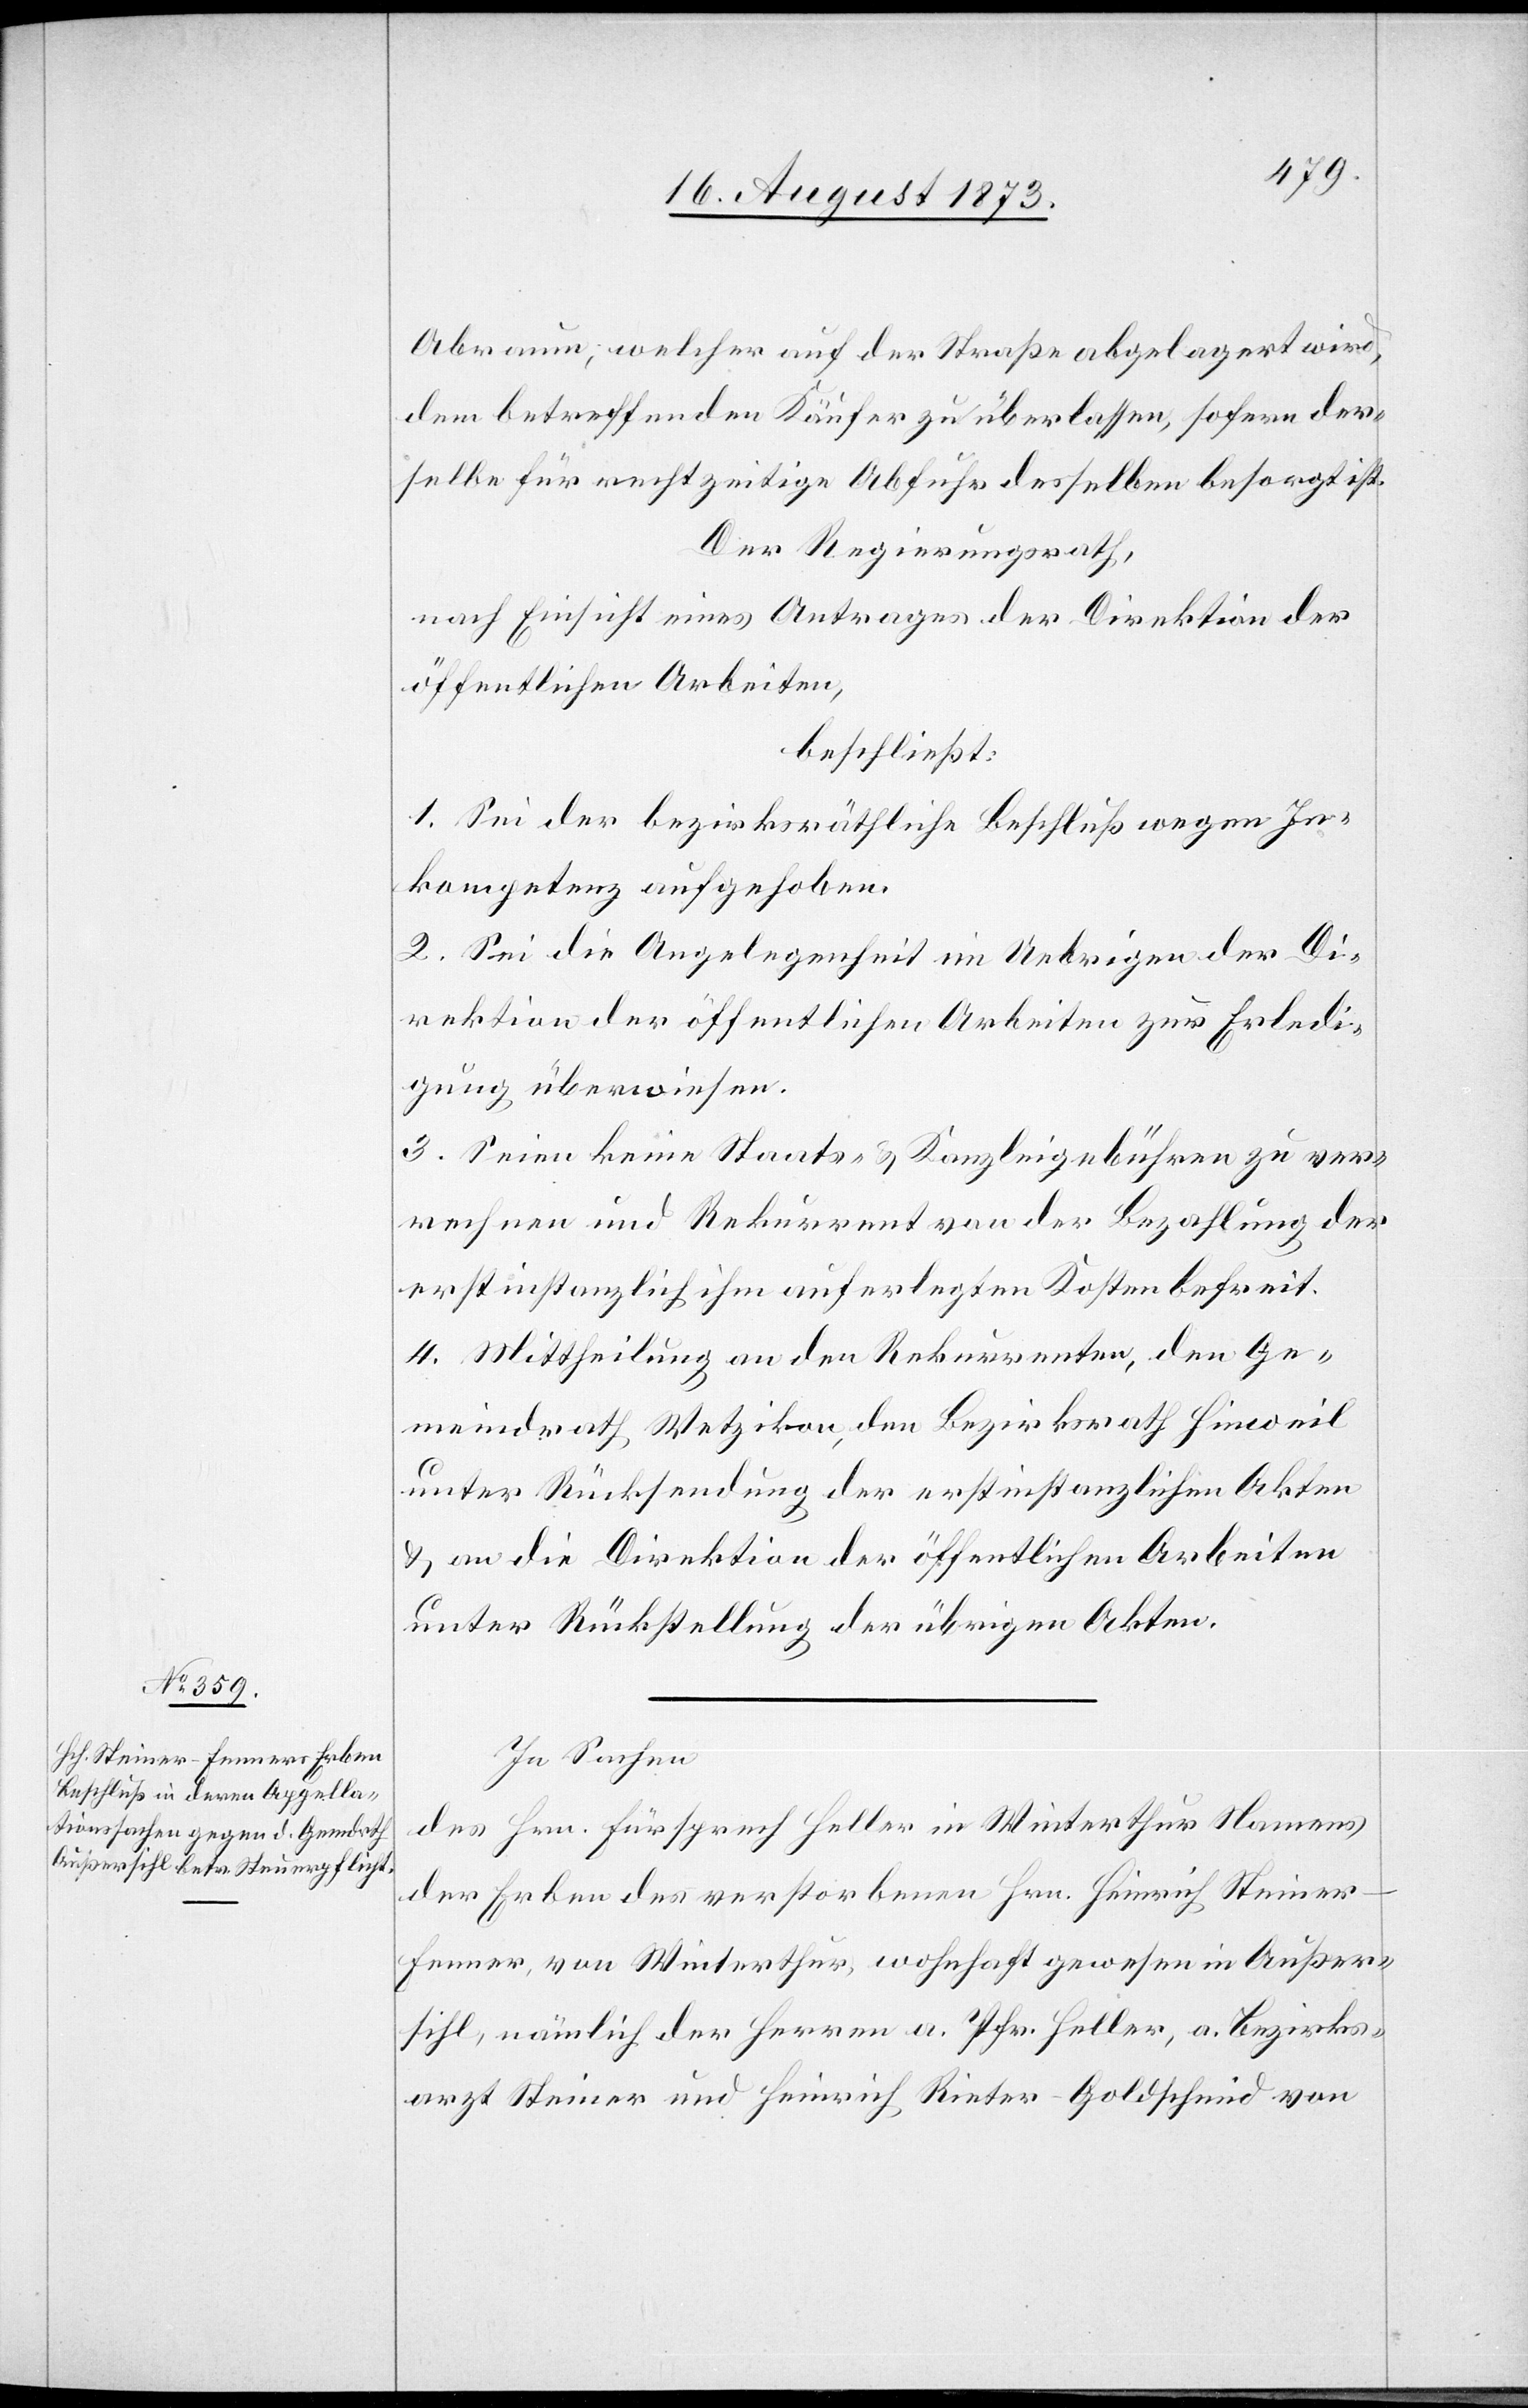
Abraum, welcher auf der Straße abgelagert wird,
dem betreffenden Käufer zu überlassen, sofern der¬
selbe für rechtzeitige Abfuhr desselben besorgt ist.
Der Regierungsrath,
nach Einsicht eines Antrages der Direktion der
öffentlichen Arbeiten,
beschließt:
1. Sei der bezirksräthliche Beschluß wegen In¬
kompetenz aufgehoben.
2. Sei die Angelegenheit im Uebrigen der Di¬
rektion der öffentlichen Arbeiten zur Erledi¬
gung überwiesen.
3. Seien keine Staats- & Kanzleigebühren zu ver¬
rechnen und Rekurrent von der Bezahlung der
erstinstanzlich ihm auferlegten Kosten befreit.
4. Mittheilung an den Rekurrenten, den Ge¬
meindrath Wetzikon, den Bezirksrath Hinweil
unter Rücksendung der erstinstanzlichen Akten
& an die Direktion der öffentlichen Arbeiten
unter Rückstellung der übrigen Akten.
In Sachen
des Hrn. Fürsprech Heller in Winterthur namens
der Erben des verstorbenen Hrn. Heinrich Steiner-F¬
enner, von Winterthur, wohnhaft gewesen in Außer¬
sihl, nämlich der Herren a. Pfr. Heller, a. Bezirks¬
arzt Steiner und Heinrich Rieter Goldschmid von